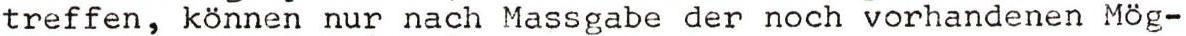
treffen, können nur nach Massgabe der noch vorhandenen Mög-